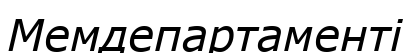
Мемдепартаменті